Annual administration report of the Civil Veterinary Department of India - 1898-1899
Year: 1898
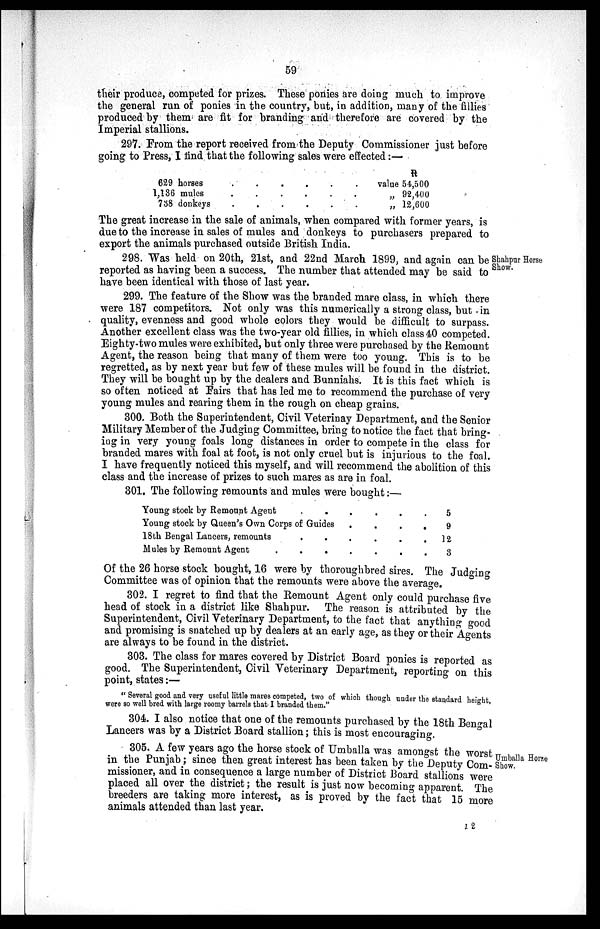
59
their produce, competed for prizes. These ponies are doing much to improve
the general run of ponies in the country, but, in addition, many of the fillies
produced by them are fit for branding and therefore are covered by the
Imperial stallions.
297. From the report received from the Deputy Commissioner just before
going to Press, I find that the following sales were effected:—
629 horses
1,136 mules
738 donkeys
.
.
.
.
.
.
.
.
.
.
.
.
.
.
.
.
.
value
„
„
R
54,500
92,400
12,600
The great increase in the sale of animals, when compared with former years, is
due to the increase in sales of mules and donkeys to purchasers prepared to
export the animals purchased outside British India.
Shahpur Horse
Show.
298. Was held on 20th, 21st, and 22nd March 1899, and again can be
reported as having been a success. The number that attended may be said to
have been identical with those of last year.
299. The feature of the Show was the branded mare class, in which there
were 187 competitors. Not only was this numerically a strong class, but in
quality, evenness and good whole colors they would be difficult to surpass.
Another excellent class was the two-year old fillies, in which class 40 competed.
Eighty-two mules were exhibited, but only three were purchased by the Remount
Agent, the reason being that many of them were too young. This is to be
regretted, as by next year but few of these mules will be found in the district.
They will be bought up by the dealers and Bunniahs. It is this fact which is
so often noticed at Fairs that has led me to recommend the purchase of very
young mules and rearing them in the rough on cheap grains.
300. Both the Superintendent, Civil Veterinay Department, and the Senior
Military Member of the Judging Committee, bring to notice the fact that bring-
ing in very young foals long distances in order to compete in the class for
branded mares with foal at foot, is not only cruel but is injurious to the foal.
I have frequently noticed this myself, and will recommend the abolition of this
class and the increase of prizes to such mares as are in foal.
301. The following remounts and mules were bought:—
Young stock by Remount Agent . .
Young stock by Queen's Own Corps of Guides
18th Bengal Lancers, remounts . .
Mules by Remount Agent . .
.
.
.
.
.
.
.
.
.
.
.
.
.
.
.
.
5
9
12
3
Of the 26 horse stock bought, 16 were by thoroughbred sires. The Judging
Committee was of opinion that the remounts were above the average.
302. I regret to find that the Remount Agent only could purchase five
head of stock in a district like Shahpur. The reason is attributed by the
Superintendent, Civil Veterinary Department, to the fact that anything good
and promising is snatched up by dealers at an early age, as they or their Agents
are always to be found in the district.
303. The class for mares covered by District Board ponies is reported as
good. The Superintendent, Civil Veterinary Department, reporting on this
point, states:—
"Several good and very useful little mares competed, two of which though under the standard height,
were so well bred with large roomy barrels that I branded them."
304. I also notice that one of the remounts purchased by the 18th Bengal
Lancers was by a District Board stallion; this is most encouraging.
Umballa Horse
Show.
305. A few years ago the horse stock of Umballa was amongst the worst
in the Punjab; since then great interest has been taken by the Deputy Com-
missioner, and in consequence a large number of District Board stallions were
placed all over the district; the result is just now becoming apparent. The
breeders are taking more interest, as is proved by the fact that 15 more
animals attended than last year.
J 2